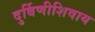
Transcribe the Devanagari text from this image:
दुर्बिणीशिवाय